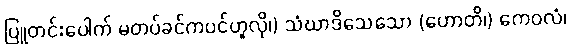
ပြူတင်းပေါက် မတပ်ခင်ကပင်ဟူလို၊) သံဃာဒိသေသော (ဟောတိ၊) ကေဝလံ၊